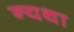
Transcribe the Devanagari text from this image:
न्यथा